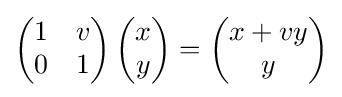
{\begin{pmatrix}1&v\\0&1\end{pmatrix}}\,{\begin{pmatrix}x\\y\end{pmatrix}}={\begin{pmatrix}x+vy\\y\end{pmatrix}}